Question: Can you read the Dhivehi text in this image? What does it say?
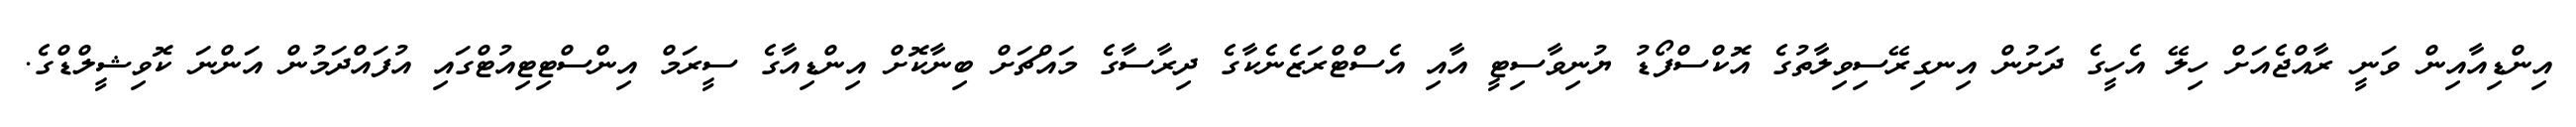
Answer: އިންޑިއާއިން ވަނީ ރާއްޖެއަށް ހިލޭ އެހީގެ ދަށުން އިނގިރޭސިވިލާތުގެ އޮކްސްފޯޑު ޔުނިވާސިޓީ އާއި އެސްޓްރަޒެނެކާގެ ދިރާސާގެ މައްޗަށް ބިނާކޮށް އިންޑިއާގެ ސީރަމް އިންސްޓިޓިއުޓްގައި އުފައްދަމުން އަންނަ ކޮވިޝީލްޑްގެ.